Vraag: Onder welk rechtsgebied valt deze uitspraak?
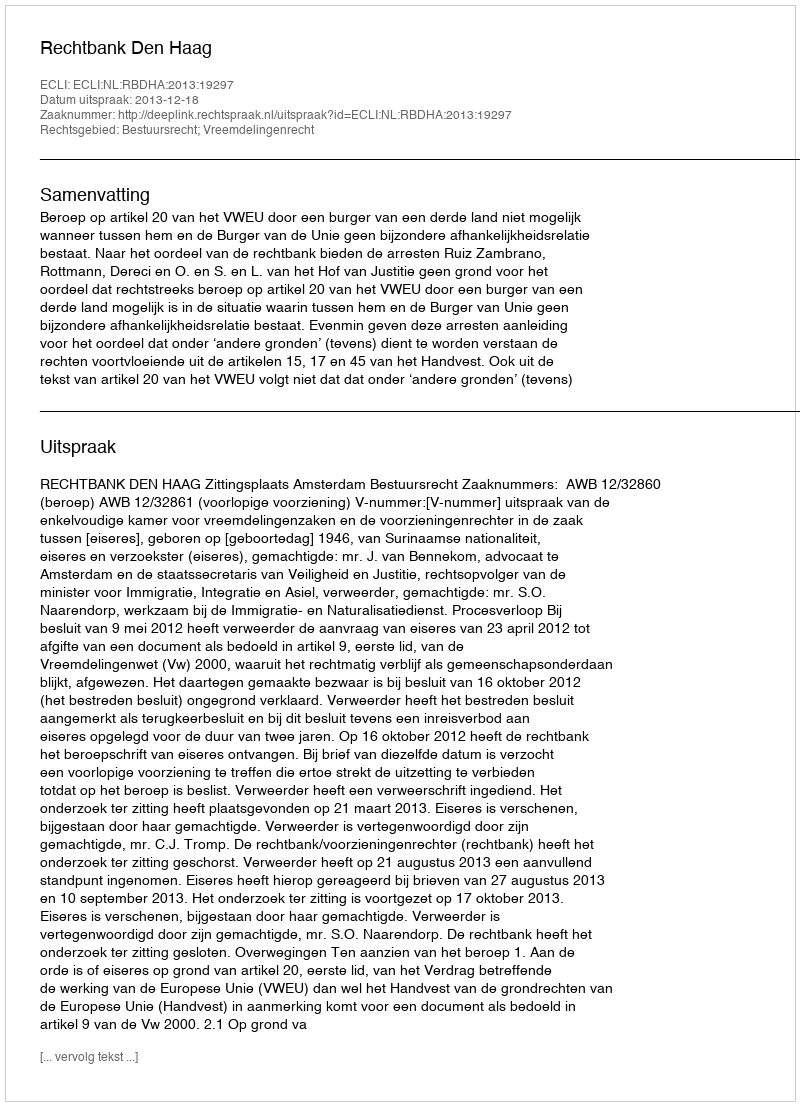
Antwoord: Bestuursrecht; Vreemdelingenrecht